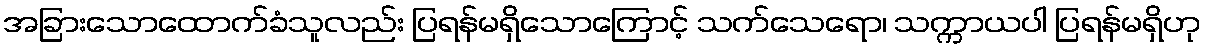
အခြားသောထောက်ခံသူလည်း ပြရန်မရှိသောကြောင့် သက်သေရော၊ သက္ကာယပါ ပြရန်မရှိဟု